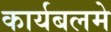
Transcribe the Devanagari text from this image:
कार्यबलमे